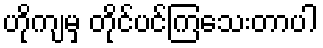
ဟိုကျမှ တိုင်ပင်ကြသေးတာပါ